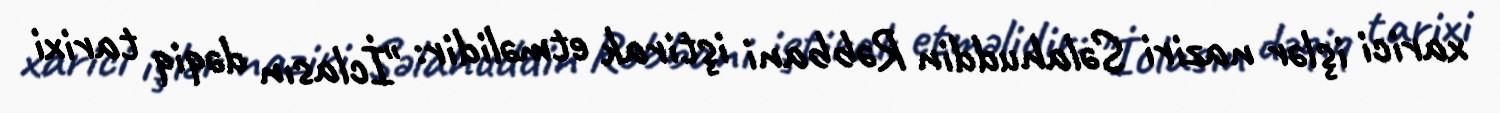
xarici işlər naziri Səlahuddin Rəbbani iştirak etməlidir: "İclasın dəqiq tarixi